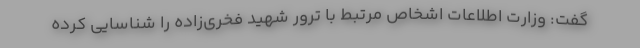
گفت: وزارت اطلاعات اشخاص مرتبط با ترور شهید فخری‌زاده را شناسایی کرده